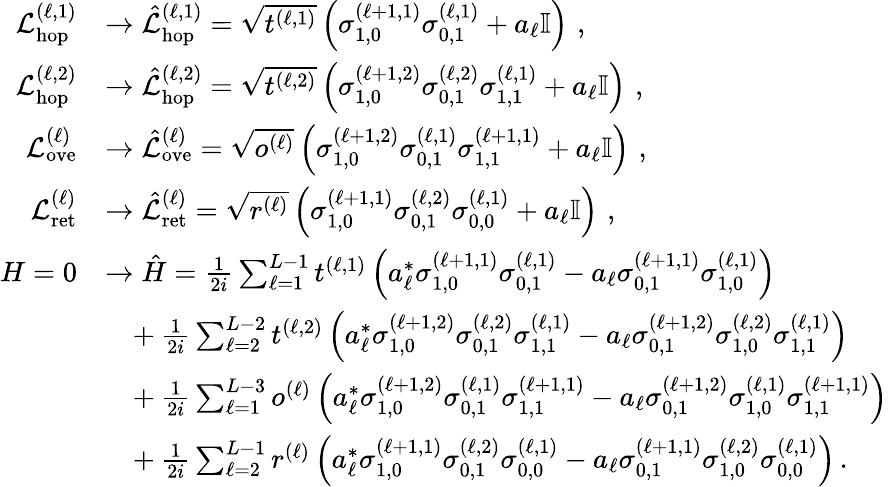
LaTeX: \begin{array}{rl}{\mathcal{L}_{\mathrm{hop}}^{(\ell,1)}}&{\rightarrow\hat{\mathcal{L}}_{\mathrm{hop}}^{(\ell,1)}=\sqrt{t^{(\ell,1)}}\left(\sigma_{1,0}^{(\ell+1,1)}\sigma_{0,1}^{(\ell,1)}+a_{\ell}\mathbb{I}\right)\, \, ,}\\ {\mathcal{L}_{\mathrm{hop}}^{(\ell,2)}}&{\rightarrow\hat{\mathcal{L}}_{\mathrm{hop}}^{(\ell,2)}=\sqrt{t^{(\ell,2)}}\left(\sigma_{1,0}^{(\ell+1,2)}\sigma_{0,1}^{(\ell,2)}\sigma_{1,1}^{(\ell,1)}+a_{\ell}\mathbb{I}\right)\, \, ,}\\ {\mathcal{L}_{\mathrm{ove}}^{(\ell)}}&{\rightarrow\hat{\mathcal{L}}_{\mathrm{ove}}^{(\ell)}=\sqrt{o^{(\ell)}}\left(\sigma_{1,0}^{(\ell+1,2)}\sigma_{0,1}^{(\ell,1)}\sigma_{1,1}^{(\ell+1,1)}+a_{\ell}\mathbb{I}\right)\, \, ,}\\ {\mathcal{L}_{\mathrm{ret}}^{(\ell)}}&{\rightarrow\hat{\mathcal{L}}_{\mathrm{ret}}^{(\ell)}=\sqrt{r^{(\ell)}}\left(\sigma_{1,0}^{(\ell+1,1)}\sigma_{0,1}^{(\ell,2)}\sigma_{0,0}^{(\ell,1)}+a_{\ell}\mathbb{I}\right)\, \, ,}\\ {H=0}&{\rightarrow\hat{H}=\frac{1}{2i}\sum_{\ell=1}^{L-1}t^{(\ell,1)}\left(a_{\ell}^{*}\sigma_{1,0}^{(\ell+1,1)}\sigma_{0,1}^{(\ell,1)}-a_{\ell}\sigma_{0,1}^{(\ell+1,1)}\sigma_{1,0}^{(\ell,1)}\right)}\\ &{\ \ \ +\frac{1}{2i}\sum_{\ell=2}^{L-2}t^{(\ell,2)}\left(a_{\ell}^{*}\sigma_{1,0}^{(\ell+1,2)}\sigma_{0,1}^{(\ell,2)}\sigma_{1,1}^{(\ell,1)}-a_{\ell}\sigma_{0,1}^{(\ell+1,2)}\sigma_{1,0}^{(\ell,2)}\sigma_{1,1}^{(\ell,1)}\right)}\\ &{\ \ \ +\frac{1}{2i}\sum_{\ell=1}^{L-3}o^{(\ell)}\left(a_{\ell}^{*}\sigma_{1,0}^{(\ell+1,2)}\sigma_{0,1}^{(\ell,1)}\sigma_{1,1}^{(\ell+1,1)}-a_{\ell}\sigma_{0,1}^{(\ell+1,2)}\sigma_{1,0}^{(\ell,1)}\sigma_{1,1}^{(\ell+1,1)}\right)}\\ &{\ \ \ +\frac{1}{2i}\sum_{\ell=2}^{L-1}r^{(\ell)}\left(a_{\ell}^{*}\sigma_{1,0}^{(\ell+1,1)}\sigma_{0,1}^{(\ell,2)}\sigma_{0,0}^{(\ell,1)}-a_{\ell}\sigma_{0,1}^{(\ell+1,1)}\sigma_{1,0}^{(\ell,2)}\sigma_{0,0}^{(\ell,1)}\right)\, .}\end{array}